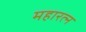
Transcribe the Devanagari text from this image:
महारत्‍न